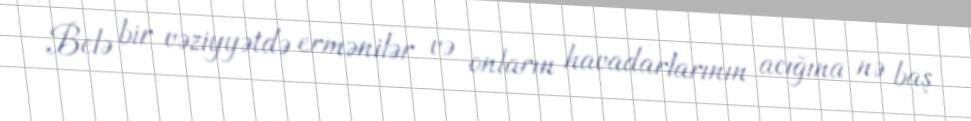
Belə bir vəziyyətdə ermənilər və onların havadarlarının acığına nə baş